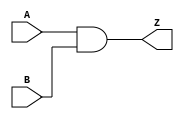
// This program was cloned from: https://github.com/regales/cpre281
// License: Apache License 2.0

// Copyright (C) 2018  Intel Corporation. All rights reserved.
// Your use of Intel Corporation's design tools, logic functions 
// and other software and tools, and its AMPP partner logic 
// functions, and any output files from any of the foregoing 
// (including device programming or simulation files), and any 
// associated documentation or information are expressly subject 
// to the terms and conditions of the Intel Program License 
// Subscription Agreement, the Intel Quartus Prime License Agreement,
// the Intel FPGA IP License Agreement, or other applicable license
// agreement, including, without limitation, that your use is for
// the sole purpose of programming logic devices manufactured by
// Intel and sold by Intel or its authorized distributors.  Please
// refer to the applicable agreement for further details.

// PROGRAM		"Quartus Prime"
// VERSION		"Version 18.1.0 Build 625 09/12/2018 SJ Standard Edition"
// CREATED		"Mon May 18 15:25:53 2020"

module lab1step1(
	A,
	B,
	Z
);


input wire	A;
input wire	B;
output wire	Z;





assign	Z = A & B;


endmodule